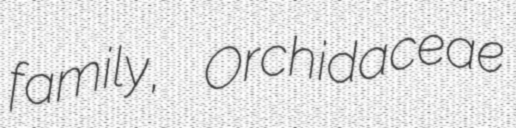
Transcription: family, Orchidaceae